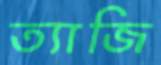
ত্যাজি